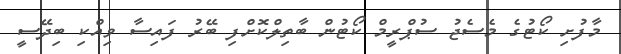
މާފުށި ކޯޓުގެ މެސެޖު ސުޕްރީމް ކޯޓުން ބާތިލްކޮށްފި ބޭރު ފައިސާ ވިއްކި ބިދޭސީ